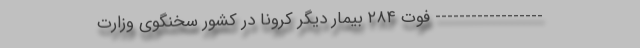
------------------ فوت ۲۸۴ بیمار دیگر کرونا در کشور سخنگوی وزارت